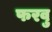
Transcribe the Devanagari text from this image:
फरवु